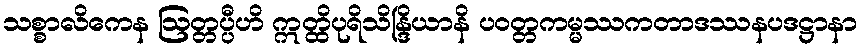
သစ္စာလိကေန ဩတ္တပ္ပီဟိ ဣတ္ထိပုရိသိန္ဒြိယာနိ ပဝတ္တကမ္မဿကတာဒဿနပဒဋ္ဌာနာ